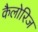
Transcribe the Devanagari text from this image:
कैलोरिज